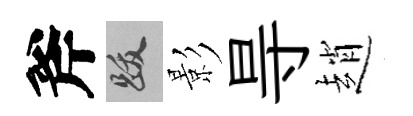
斧跋影㝵趙